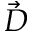
\vec { D }